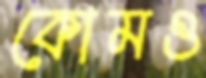
কোমও